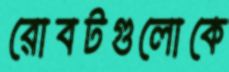
রোবটগুলোকে